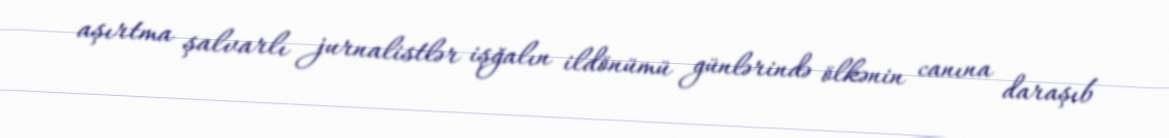
aşırtma şalvarlı jurnalistlər işğalın ildönümü günlərində ölkənin canına daraşıb